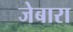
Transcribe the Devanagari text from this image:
जेबारा